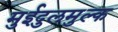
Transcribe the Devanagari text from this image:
मुईदुलमुल्क